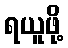
ရယူဖို့